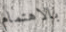
بالاهتمام